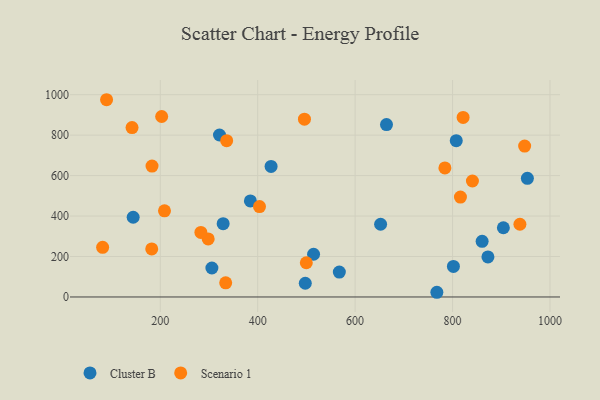
{"axis": {"x": "Experience", "y": "Salary"}, "legend": ["Cluster B", "Scenario 1"], "data": [{"x": "144.4", "y": 394.1, "type": "Cluster B"}, {"x": "664.4", "y": 852.4, "type": "Cluster B"}, {"x": "872.6", "y": 197.9, "type": "Cluster B"}, {"x": "567.6", "y": 123.1, "type": "Cluster B"}, {"x": "767.8", "y": 23.2, "type": "Cluster B"}, {"x": "801.8", "y": 150.8, "type": "Cluster B"}, {"x": "514.7", "y": 211.2, "type": "Cluster B"}, {"x": "321.6", "y": 800.8, "type": "Cluster B"}, {"x": "807.6", "y": 772.7, "type": "Cluster B"}, {"x": "385.0", "y": 474.8, "type": "Cluster B"}, {"x": "329.1", "y": 362.3, "type": "Cluster B"}, {"x": "427.5", "y": 645.6, "type": "Cluster B"}, {"x": "652.3", "y": 359.6, "type": "Cluster B"}, {"x": "860.7", "y": 275.2, "type": "Cluster B"}, {"x": "953.6", "y": 586.5, "type": "Cluster B"}, {"x": "904.3", "y": 342.2, "type": "Cluster B"}, {"x": "306.0", "y": 143.3, "type": "Cluster B"}, {"x": "497.7", "y": 67.8, "type": "Cluster B"}, {"x": "298.4", "y": 286.7, "type": "Scenario 1"}, {"x": "784.3", "y": 638.0, "type": "Scenario 1"}, {"x": "142.1", "y": 837.2, "type": "Scenario 1"}, {"x": "283.4", "y": 319.0, "type": "Scenario 1"}, {"x": "81.7", "y": 245.6, "type": "Scenario 1"}, {"x": "182.5", "y": 237.6, "type": "Scenario 1"}, {"x": "202.9", "y": 892.1, "type": "Scenario 1"}, {"x": "948.0", "y": 746.2, "type": "Scenario 1"}, {"x": "403.7", "y": 447.1, "type": "Scenario 1"}, {"x": "89.8", "y": 975.1, "type": "Scenario 1"}, {"x": "938.3", "y": 359.5, "type": "Scenario 1"}, {"x": "208.7", "y": 426.1, "type": "Scenario 1"}, {"x": "334.3", "y": 70.1, "type": "Scenario 1"}, {"x": "336.3", "y": 772.7, "type": "Scenario 1"}, {"x": "499.8", "y": 169.2, "type": "Scenario 1"}, {"x": "840.8", "y": 573.2, "type": "Scenario 1"}, {"x": "183.1", "y": 646.9, "type": "Scenario 1"}, {"x": "496.0", "y": 878.8, "type": "Scenario 1"}, {"x": "816.2", "y": 493.8, "type": "Scenario 1"}, {"x": "821.7", "y": 887.5, "type": "Scenario 1"}]}